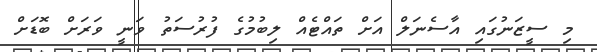
މި ސީޒަނުގައި އާސެނަލް އަށް ތައްޓެއް ލިބުމުގެ ފުރުސަތު ވަނީ ވަރަށް ބޮޑަށް